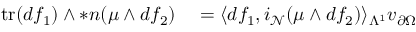
\begin{array} { r l } { \mathrm { t r } ( d f _ { 1 } ) \wedge \ast \boldsymbol { n } ( \mu \wedge d f _ { 2 } ) } & { { } = \langle d f _ { 1 } , i _ { \mathcal { N } } ( \mu \wedge d f _ { 2 } ) \rangle _ { \Lambda ^ { 1 } } v _ { \partial \Omega } } \end{array}